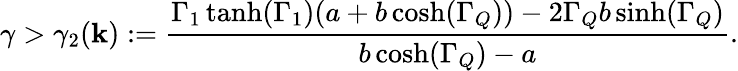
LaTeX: \gamma>\gamma_{2}(\mathbf{k}):=\frac{{\Gamma_{1}\operatorname{tanh}(\Gamma_{1})(a+b\cosh(\Gamma_{Q}))-2\Gamma_{Q}b\sinh(\Gamma_{Q})}}{{b\cosh(\Gamma_{Q})-a}}.